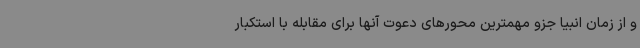
و از زمان انبیا جزو مهمترین محورهای دعوت آنها برای مقابله با استکبار